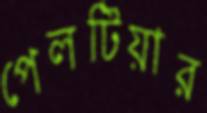
পেলটিয়ার